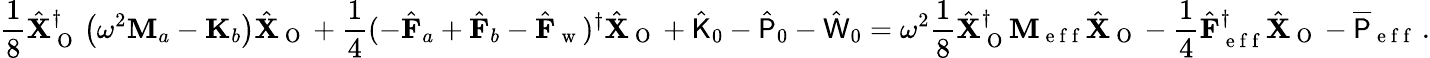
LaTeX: \frac{1}{8}\hat{\mathbf{X}}_{\mathrm{~O~}}^{\dagger}\left(\omega^{2}\mathbf{M}_{a}-\mathbf{K}_{b}\right)\hat{\mathbf{X}}_{\mathrm{~O~}}+\frac{1}{4}(-\hat{\mathbf{F}}_{a}+\hat{\mathbf{F}}_{b}-\hat{\mathbf{F}}_{\mathrm{~w~}})^{\dagger}\hat{\mathbf{X}}_{\mathrm{~O~}}+\hat{\mathsf{K}}_{0}-\hat{\mathsf{P}}_{0}-\hat{\mathsf{W}}_{0}=\omega^{2}\frac{1}{8}\hat{\mathbf{X}}_{\mathrm{~O~}}^{\dagger}\mathbf{M}_{\mathrm{~e~f~f~}}\hat{\mathbf{X}}_{\mathrm{~O~}}-\frac{1}{4}\hat{\mathbf{F}}_{\mathrm{~e~f~f~}}^{\dagger}\hat{\mathbf{X}}_{\mathrm{~O~}}-\overline{{\mathsf{P}}}_{\mathrm{~e~f~f~}}\, .